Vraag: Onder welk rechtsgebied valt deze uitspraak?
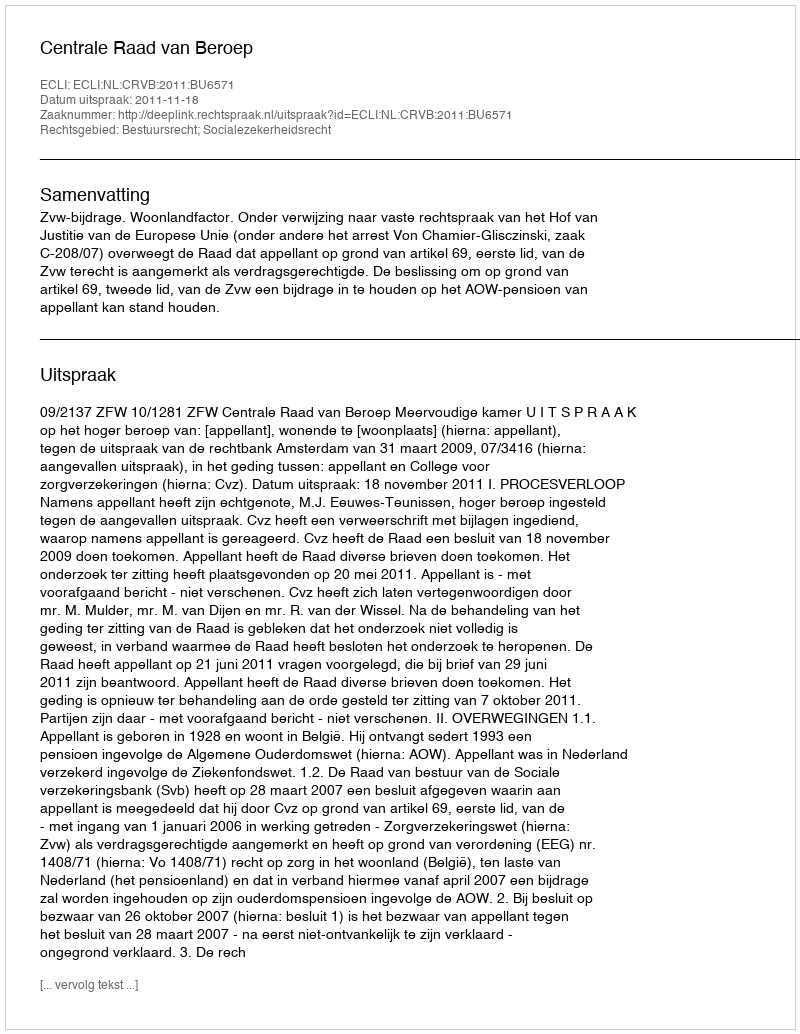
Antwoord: Bestuursrecht; Socialezekerheidsrecht